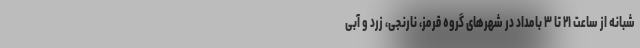
شبانه از ساعت ۲۱ تا ۳ بامداد در شهرهای گروه قرمز، نارنجی، زرد و آبی